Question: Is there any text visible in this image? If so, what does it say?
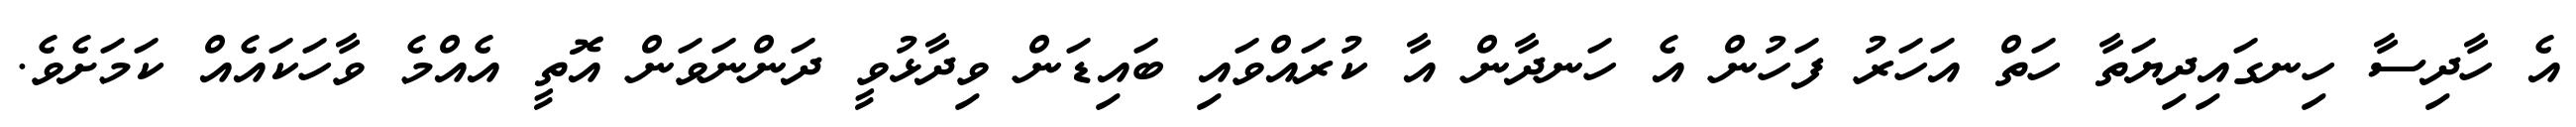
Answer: އެ ހާދިސާ ހިނގައިދިޔަތާ ހަތް އަހަރު ފަހުން އެ ހަނދާން އާ ކުރައްވައި ބައިޑަން ވިދާޅުވީ ދަންނަވަން އޮތީ އެއްމެ ވާހަކައެއް ކަމަށެވެ.